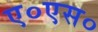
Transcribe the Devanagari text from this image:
ए०एस०